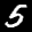
Label: 5